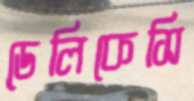
ডেলিকেসি